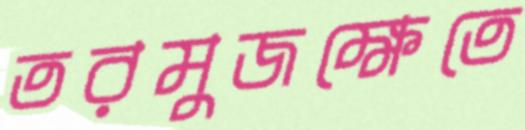
তরমুজক্ষেতে